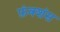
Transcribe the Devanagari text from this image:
फ़ंक्शंस